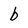
Character: b